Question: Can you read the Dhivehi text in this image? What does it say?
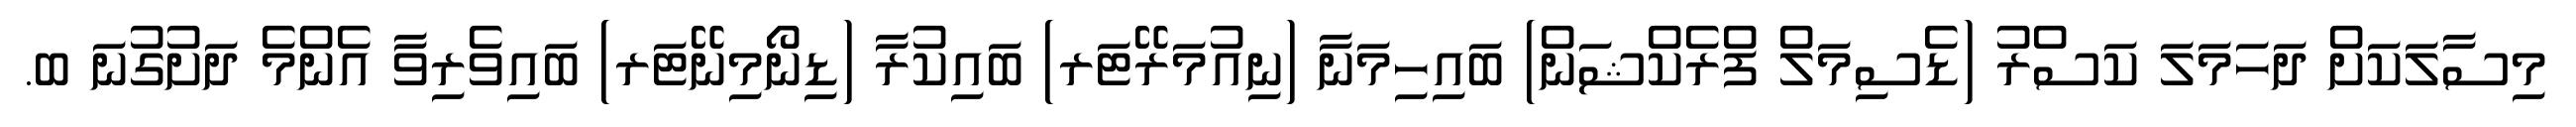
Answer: މިސާލަކަށް ދަހަމަލަ ކަސްރު (ޑެސިމަލް ފްރެކްޝަން) ބައިހިމަނާ (ނިއުމަރޭޓަރ) ބައިކުރާ (ޑިނޯމިނޭޓަރ) ބައިވެރިވާ އެންމެ ދަށުގުނަ ބ.